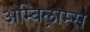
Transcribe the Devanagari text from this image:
अम्बिल्राम्स